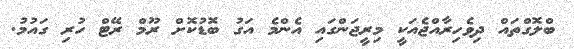
ބްލޮގްތައް ދިވެހިރާއްޖެއަކީ މިރީޖަންގައި އެންމެ އަގު ބޮޑުކޮށް ރޫމް ރޭޓް ހުރި ގައުމު.